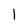
Character: l